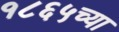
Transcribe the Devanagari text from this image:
१८६५च्या